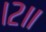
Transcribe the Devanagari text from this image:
।२॥